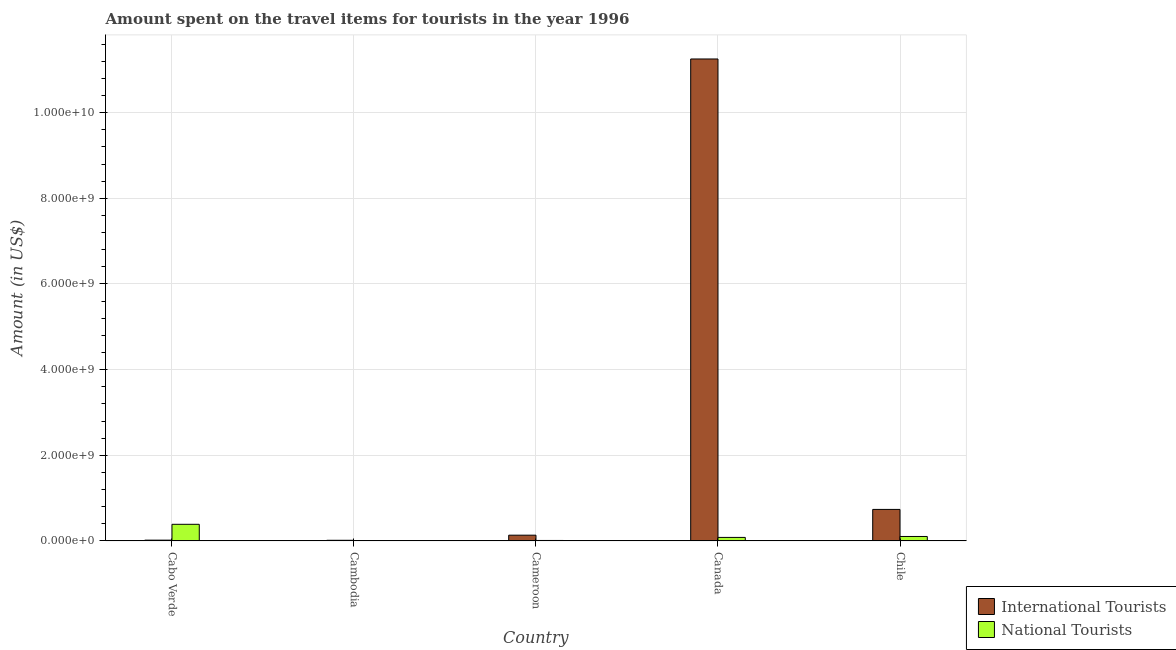
| Country | International Tourists | National Tourists |
 | --- | --- | --- |
 | Cabo Verde | 1.8e+07 | 3.88e+08 |
 | Cambodia | 1.5e+07 | 1.2e+06 |
 | Cameroon | 1.34e+08 | 1.1e+07 |
 | Canada | 1.13e+10 | 8.2e+07 |
 | Chile | 7.36e+08 | 1.04e+08 |